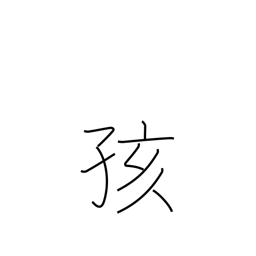
Meaning: baby